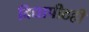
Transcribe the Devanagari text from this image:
विद्यापीठही